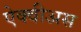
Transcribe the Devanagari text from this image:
ऐक्वीअस